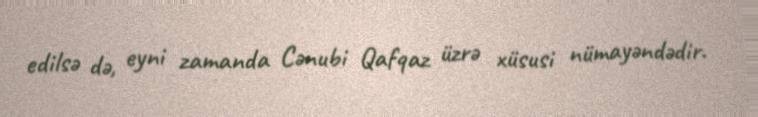
edilsə də, eyni zamanda Cənubi Qafqaz üzrə xüsusi nümayəndədir.